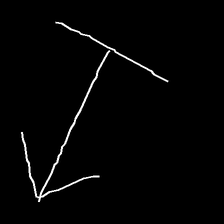
Glyph: levitation